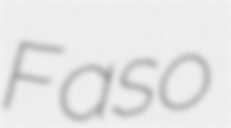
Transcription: Faso